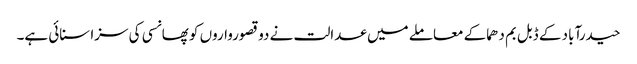
حیدرآباد کے ڈبل بم دھماکے معاملے میں عدالت نے دو قصورواروں کو پھانسی کی سزا سنائی ہے۔